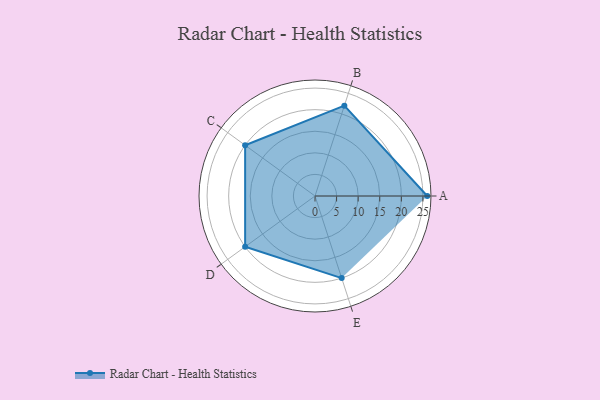
{"axis": {"x": "Skill", "y": "Score"}, "legend": ["Profile"], "data": [{"x": "A", "y": 26.0, "type": "Profile"}, {"x": "B", "y": 22.0, "type": "Profile"}, {"x": "C", "y": 20.0, "type": "Profile"}, {"x": "D", "y": 20, "type": "Profile"}, {"x": "E", "y": 20, "type": "Profile"}]}